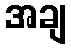
အချ